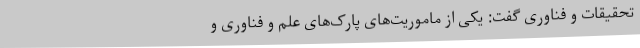
تحقیقات و فناوری گفت: یکی از ماموریت‌های پارک‌های علم و فناوری و